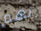
نهم